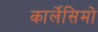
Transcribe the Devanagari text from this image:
कार्लेसिमो